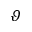
\vartheta